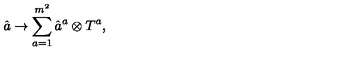
\hat { a } \rightarrow \sum _ { a = 1 } ^ { m ^ { 2 } } \hat { a } ^ { a } \otimes T ^ { a } ,